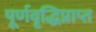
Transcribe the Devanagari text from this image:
पूर्णवृद्धिप्राप्त